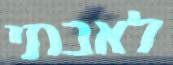
לאבתי